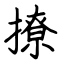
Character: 撩